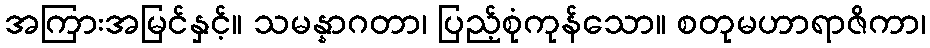
အကြားအမြင်နှင့်။ သမန္နာဂတာ၊ ပြည့်စုံကုန်သော။ စတုမဟာရာဇိကာ၊